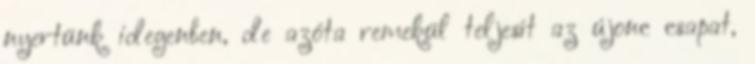
nyertünk idegenben, de azóta remekül teljesít az újonc csapat,